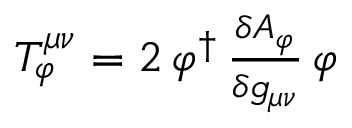
\begin{array} { r } { T _ { \varphi } ^ { \mu \nu } = 2 \, \varphi ^ { \dag } \, \frac { \delta A _ { \varphi } } { \delta g _ { \mu \nu } } \, \varphi } \end{array}